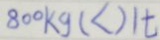
8 0 0 k g ( < ) 1 t